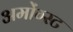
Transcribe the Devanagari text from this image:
अमोंग्स्ट